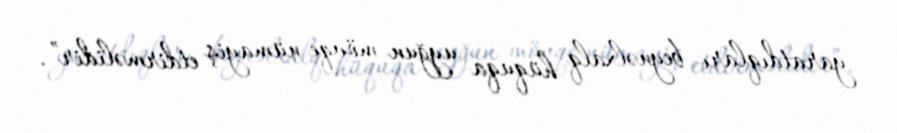
yaratdıqları beynəlxalq hüquqa uyğun mövqe nümayiş etdirməlidir”.